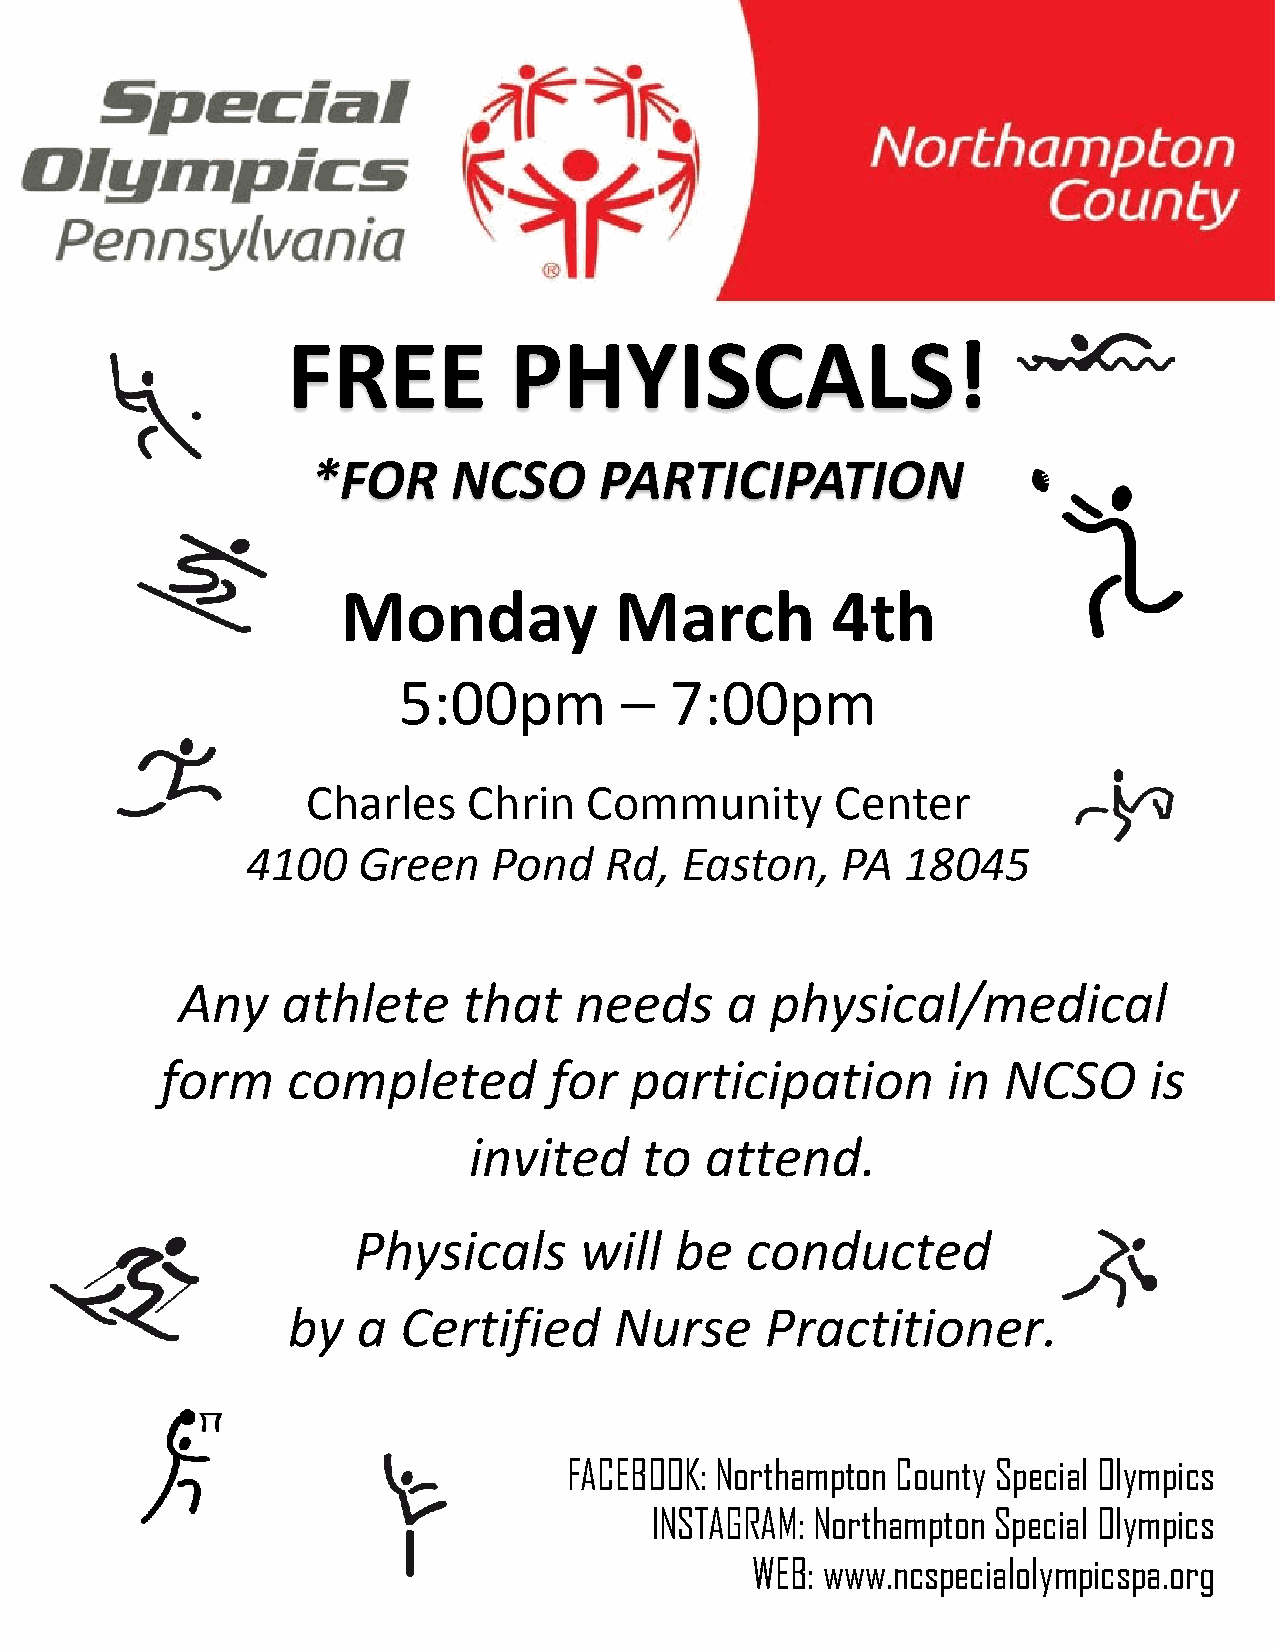
FREE           PHYISCALS!
 *FOR     NCSO      PARTICIPATION
 Monday            March         4th
 5:00pm         –  7:00pm
 Charles    Chrin   Community       Center
 4100    Green    Pond   Rd,  Easton,    PA  18045
 Any    athlete     that   needs     a  physical/medical
 form    completed        for   participation        in NCSO      is
 invited     to  attend.
 Physicals      will   be  conducted
 by   a Certified      Nurse     Practitioner.
 FACEBOOK: Northampton County Special Olympics
 INSTAGRAM: Northampton Special Olympics
 WEB: www.ncspecialolympicspa.org